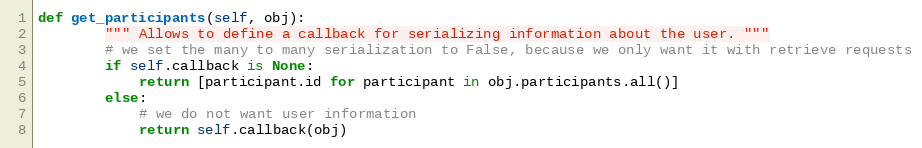
Language: Python
def get_participants(self, obj):
        """ Allows to define a callback for serializing information about the user. """
        # we set the many to many serialization to False, because we only want it with retrieve requests
        if self.callback is None:
            return [participant.id for participant in obj.participants.all()]
        else:
            # we do not want user information
            return self.callback(obj)